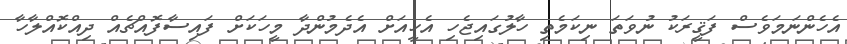
އެހެންނަމަވެސް ފަޤީރަކު ނުވަތަ ނިކަމެތި ހާލުގައިޖެހި އެހީއަށް އެދެމުންދާ މީހަކަށް ފައިސާފޮއްޗެއް ދިއްކޮއްލާހާ